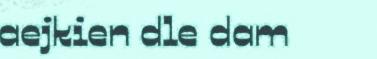
aejkien dle dam